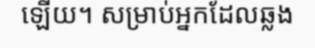
ឡើយ។ សម្រាប់អ្នកដែលឆ្លង